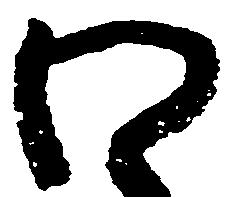
わ